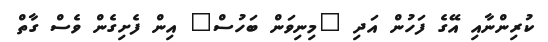
ކުރިންނާއި އޭގެ ފަހުން އަދި "މިނިވަން ބަހުސް" އިން ފެށިގެން ވެސް ގާތް